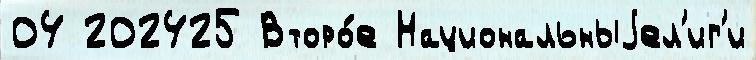
04 202425 Второ́е Национальныjел'иг'и